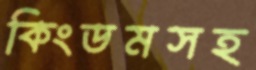
কিংডমসহ